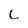
Character: L